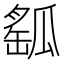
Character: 𤬍